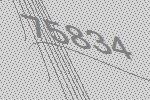
75834